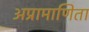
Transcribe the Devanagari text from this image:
अप्रामाणिता